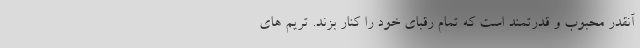
آنقدر محبوب و قدرتمند است که تمام رقبای خود را کنار بزند. تریم های